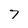
Character: 7